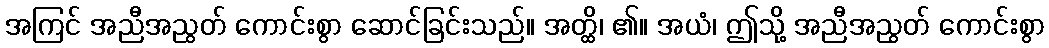
အကြင် အညီအညွတ် ကောင်းစွာ ဆောင်ခြင်းသည်။ အတ္ထိ၊ ၏။ အယံ၊ ဤသို့ အညီအညွတ် ကောင်းစွာ